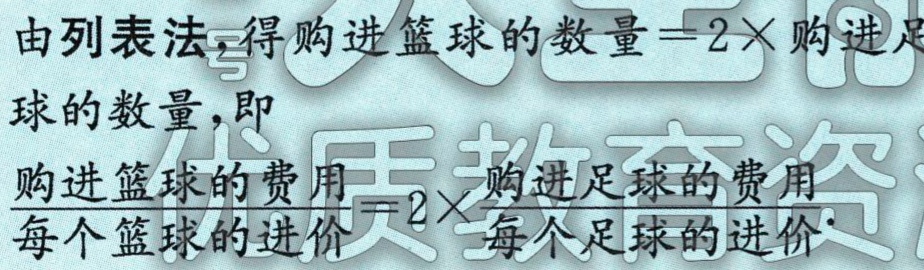
由列表法，得购进篮球的数量$ = 2\times$购进足

球的数量，即

\[\frac{购进篮球的费用}{每个篮球的进价}=2\times\frac{购进足球的费用}{每个足球的进价}\]